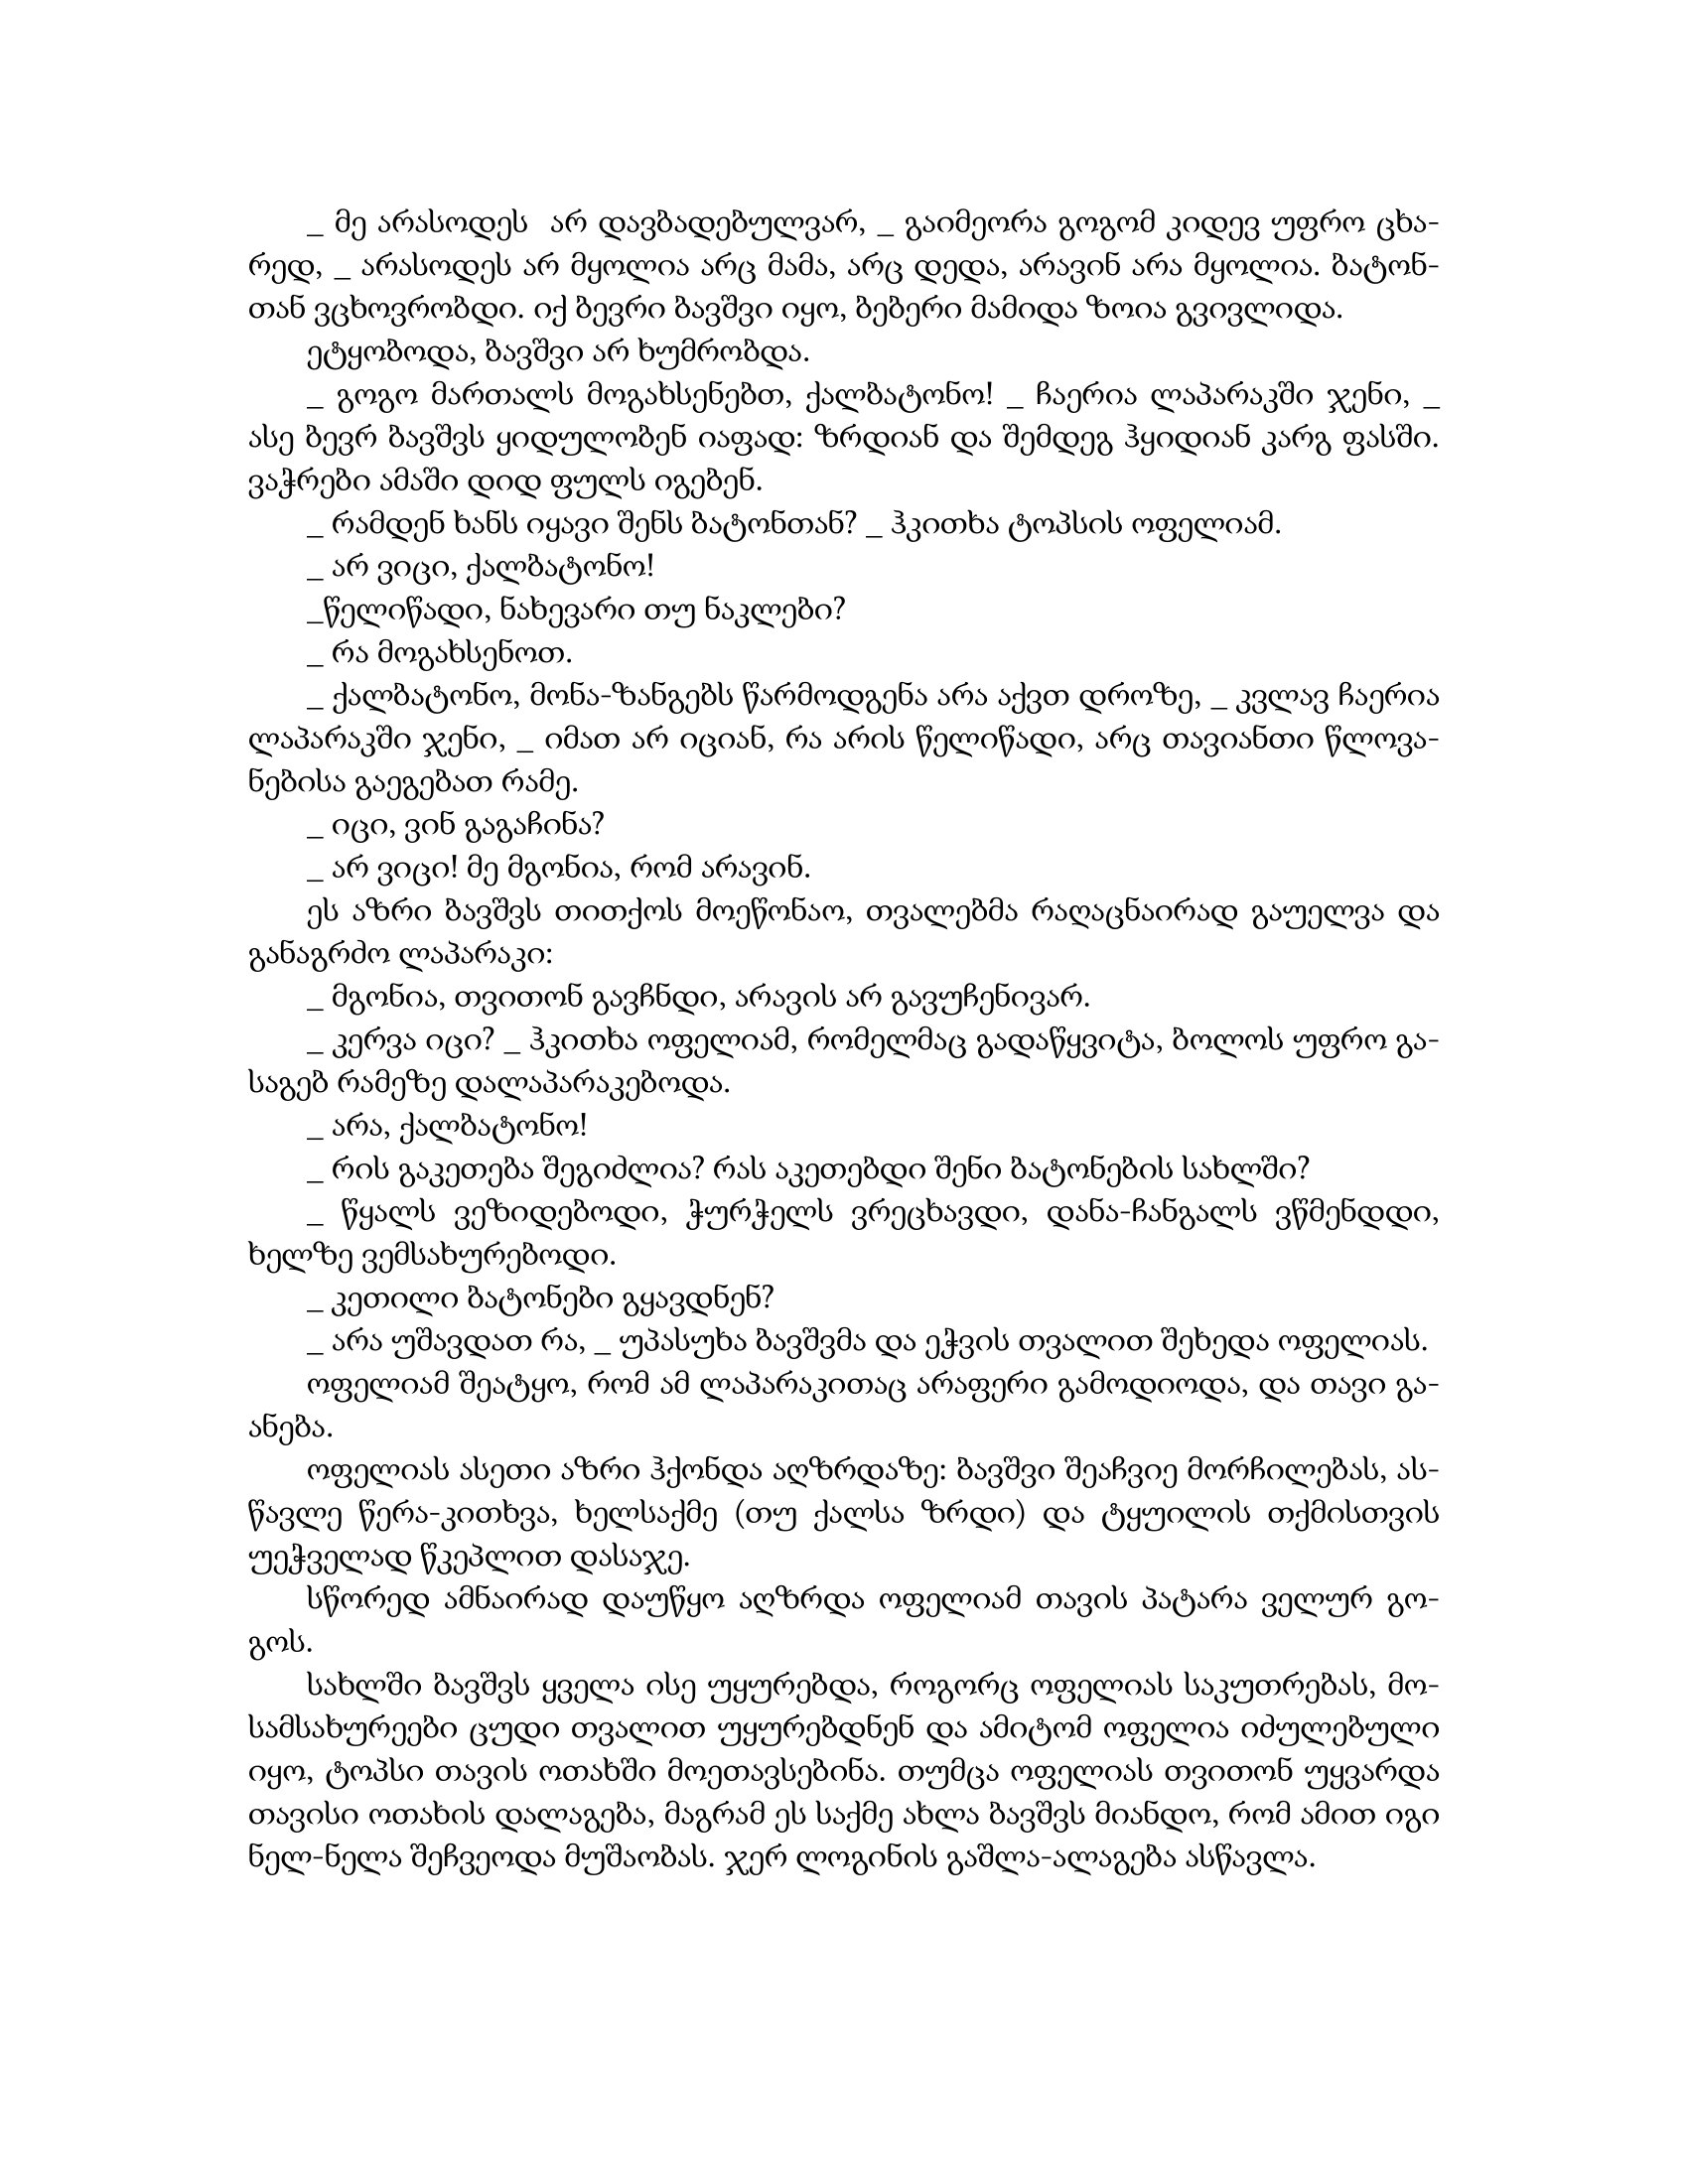
Language: gr